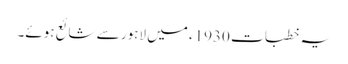
یہ خطبات 1930ء میں لاہور سے شائع ہوئے۔